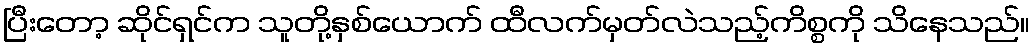
ပြီးတော့ ဆိုင်ရှင်က သူတို့နှစ်ယောက် ထီလက်မှတ်လဲသည့်ကိစ္စကို သိနေသည်။